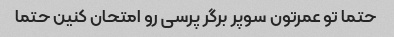
حتما تو عمرتون سوپر برگر پرسی رو امتحان کنین حتما